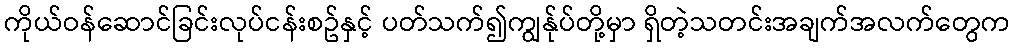
ကိုယ်ဝန်ဆောင်ခြင်းလုပ်ငန်းစဥ်နှင့် ပတ်သက်၍ကျွန်ုပ်တို့မှာ ရှိတဲ့သတင်းအချက်အလက်တွေက